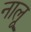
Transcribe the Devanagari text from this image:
नालू